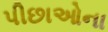
પીછાઓના